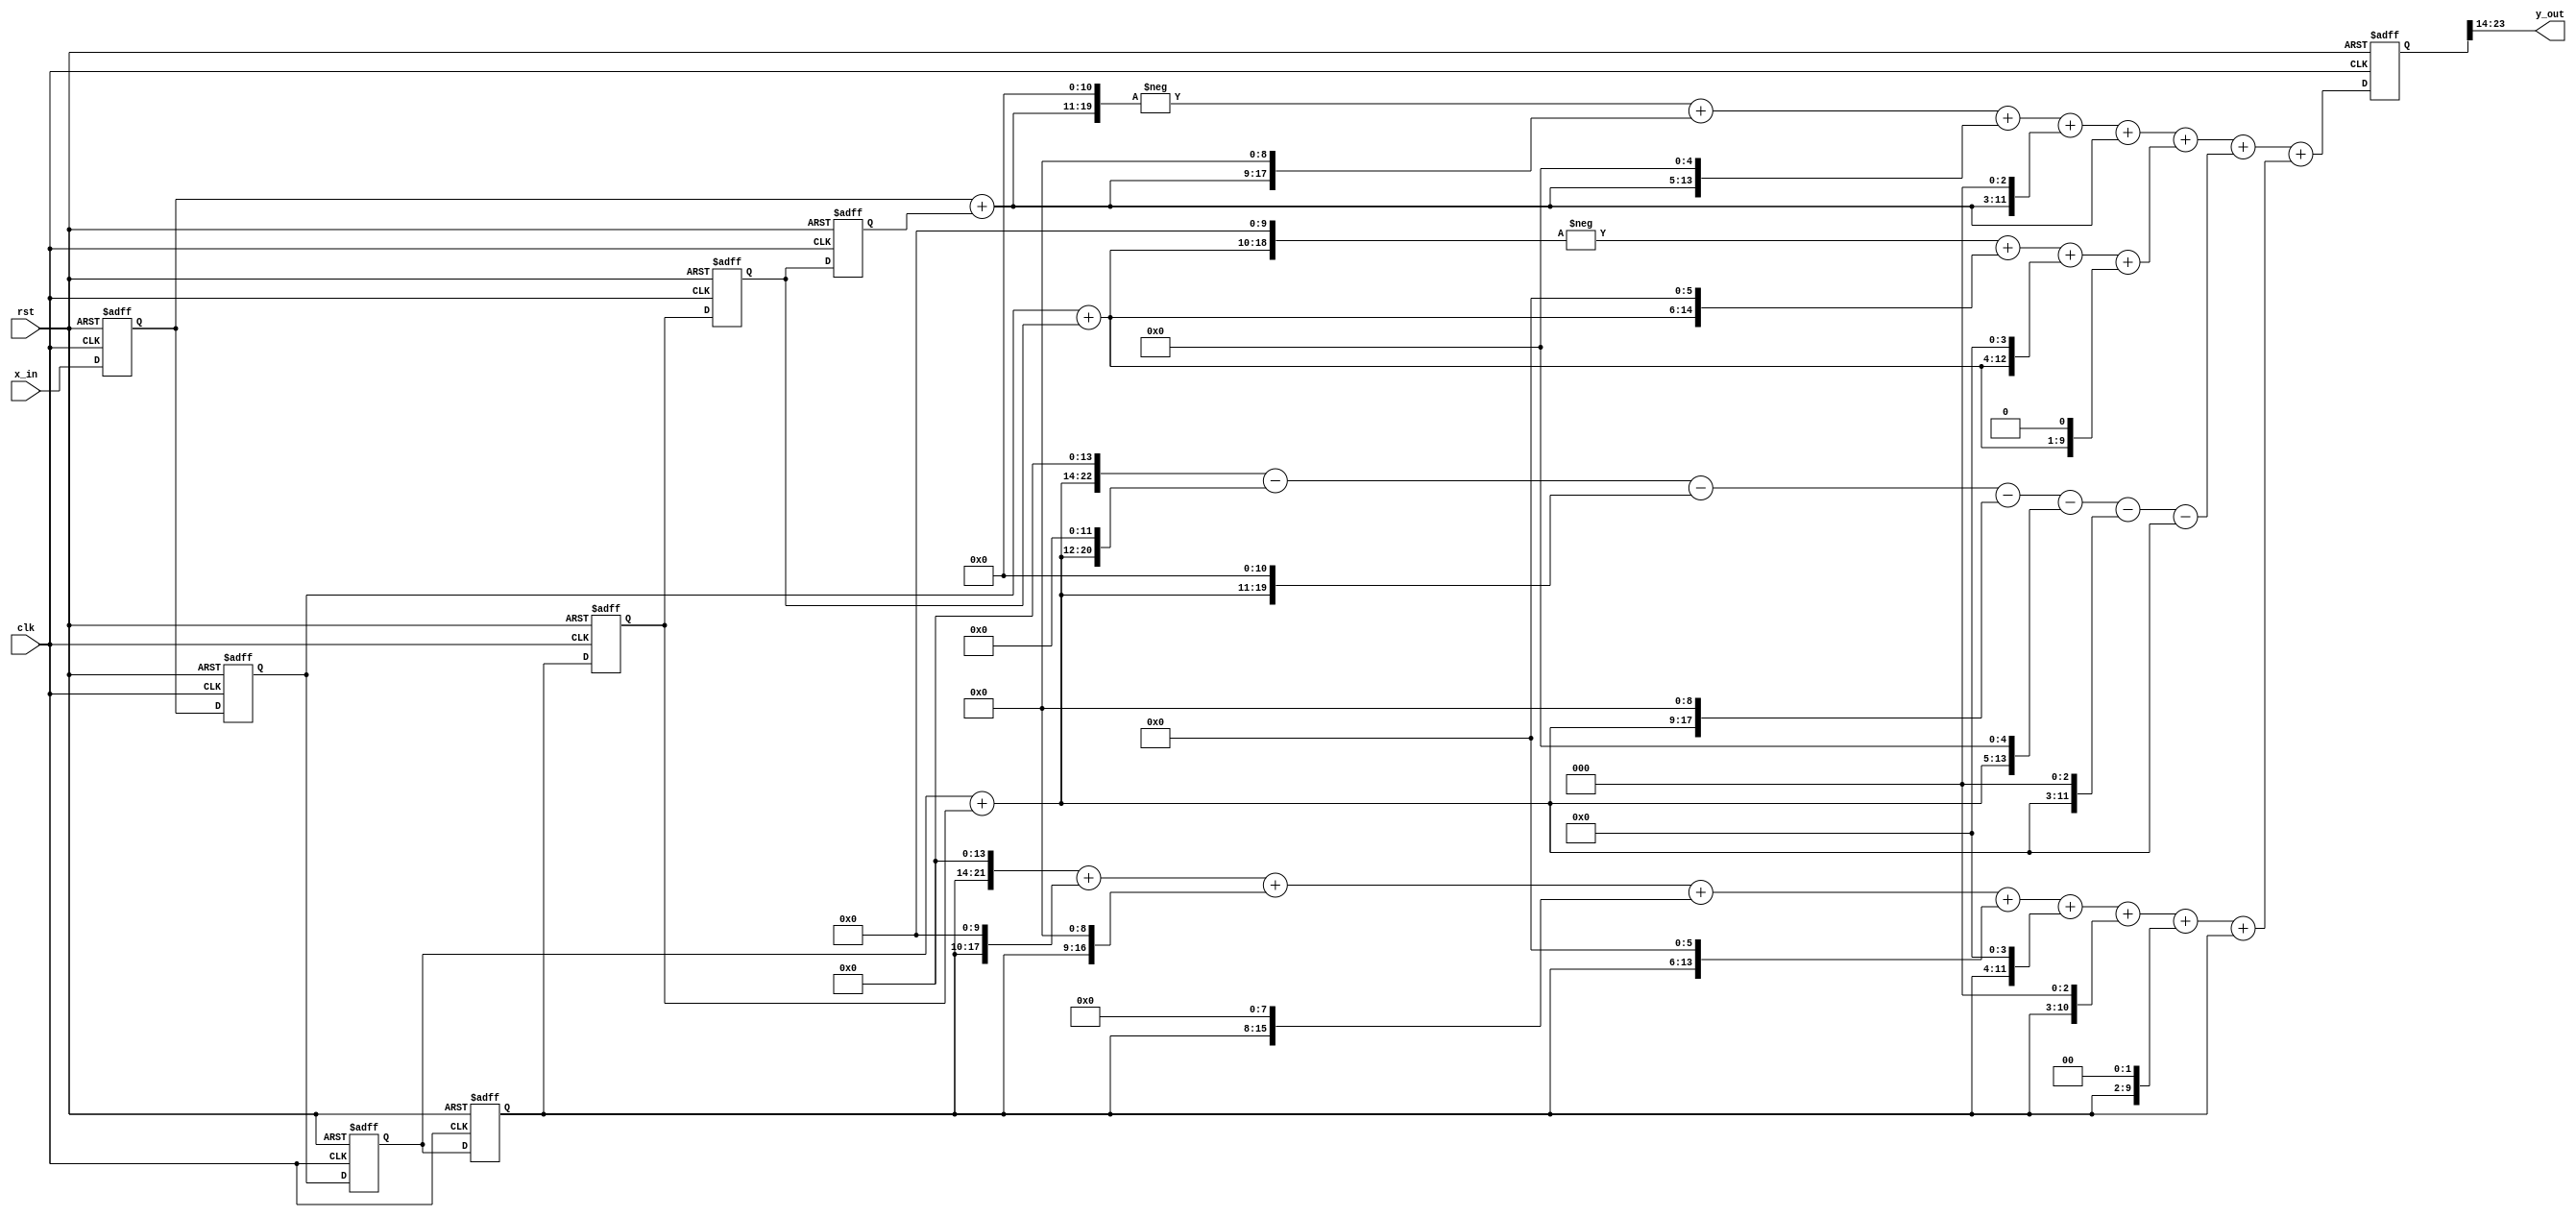
module symetryczny(clk,x_in, y_out,rst);

input clk;
input rst;
input signed [7:0] x_in;
output signed [9:0] y_out;

wire signed [8:0] t0,t1,t2;
wire signed [7:0] t3;

reg signed [7:0] tap[0:6];
reg signed [23:0] y;

integer i;
integer k;

assign t0 = tap[0]+tap[6] ;
assign t1 = tap[1]+tap[5] ;
assign t2 = tap[2]+tap[4] ;
assign t3 = tap[3];

assign y_out = y[23:14];

always@(posedge clk, posedge rst)

if(rst)
  begin
    for(k=0;k<=6;k=k+1)
    begin
    tap[k]<=0;
    end
   y<=0; 
  end
  
  
else
begin
  
y <= ((-(t0<<11)+(t0<<9)+(t0<<5)+(t0<<3)+t0)+
				(-(t1<<10)+(t1<<6)+(t1<<4)+(t1<<1))+
				((t2<<14)-(t2<<12)-(t2<<11)-(t2<<9)-(t2<<5)-(t2<<3)-t2)+
				((t3<<14)+(t3<<10)+(t3<<9)+(t3<<8)+(t3<<6)+(t3<<4)+(t3<<3)+(t3<<2)+t3));

for(i=1;i<=6;i=i+1)
	begin
		tap[i]<=tap[i-1];
	end
tap[0]<=x_in;
end
endmodule